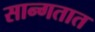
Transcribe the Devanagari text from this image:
सान्गतात